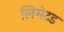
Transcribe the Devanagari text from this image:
लिमेटड